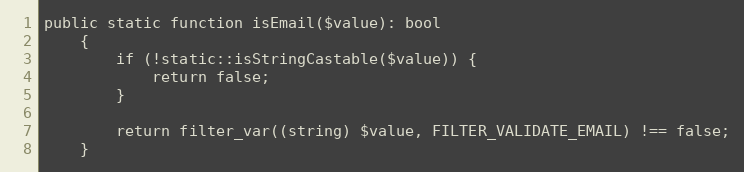
Language: PHP
public static function isEmail($value): bool
    {
        if (!static::isStringCastable($value)) {
            return false;
        }

        return filter_var((string) $value, FILTER_VALIDATE_EMAIL) !== false;
    }